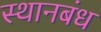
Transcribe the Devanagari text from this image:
स्थानबंध